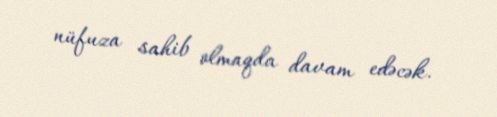
nüfuza sahib olmaqda davam edəcək.